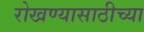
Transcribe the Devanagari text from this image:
रोखण्यासाठीच्या